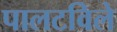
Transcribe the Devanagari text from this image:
पालटविले